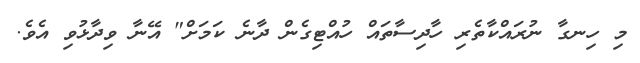
މި ހިނގާ ނުރައްކާތެެރި ހާދިސާތައް ހުއްޓިގެން ދާނެ ކަމަށް" އޭނާ ވިދާޅުވި އެވެ.